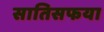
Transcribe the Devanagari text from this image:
सातिसफया